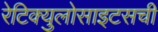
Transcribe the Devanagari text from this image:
रेटिक्युलोसाइटसची